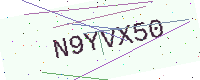
Text: N9YVX50